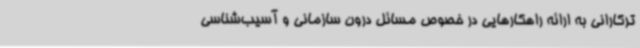
ترکارانی به ارائه راهکارهایی در خصوص مسائل درون سازمانی و آسیب‌شناسی